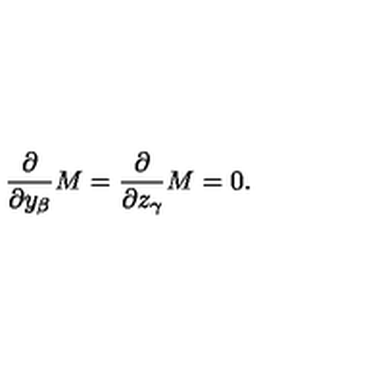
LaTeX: { \frac { \partial } { \partial y _ { \beta } } } M = { \frac { \partial } { \partial z _ { \gamma } } } M = 0 .